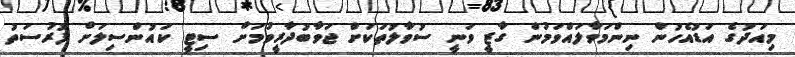
މިއަދުގެ އަޑުއެހުން ނިންމަވާލައްވަމުން ގާޒީ ވަނީ ސުވާލުތަކަށް ޖަވާބުދާރީވުމަށް ސިޓީ ކައުންސިލަށް ފުރުސަތު